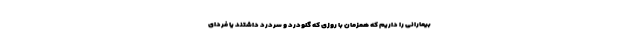
بیمارانی را داریم که همزمان با روزی که گلودرد و سردرد داشتند یا فردای